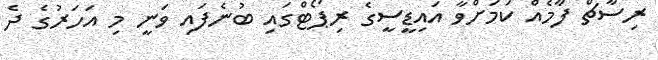
ރިސާޗް ފާމެއް ކަމަށްވާ އައިޑީސީގެ ރިޕޯޓްގައި ބުނެފައި ވަނީ މި އަހަރުގެ ދެ